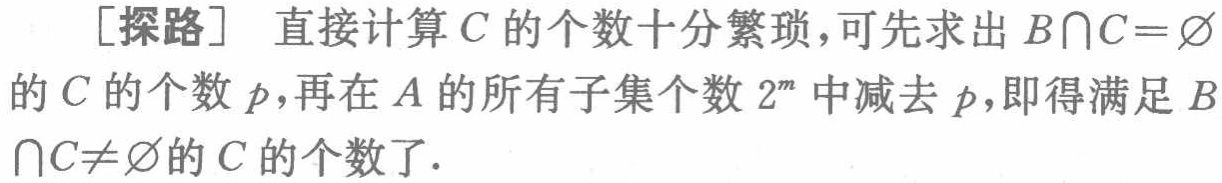
[探路] 直接计算 \(C\) 的个数十分繁琐，可先求出 \(B\cap C = \varnothing\) 的 \(C\) 的个数 \(p\)，再在 \(A\) 的所有子集个数 \(2^m\) 中减去 \(p\)，即得满足 \(B\cap C\neq\varnothing\) 的 \(C\) 的个数了.